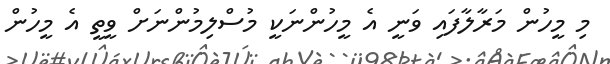
މި މީހުން މަރާލާފައި ވަނީ އެ މީހުންނަކީ މުސްލިމުންނަށް ވީތީ އެ މީހުން